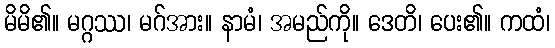
မိမိ၏။ မဂ္ဂဿ၊ မဂ်အား။ နာမံ၊ အမည်ကို။ ဒေတိ၊ ပေး၏။ ကထံ၊